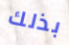
بذلك